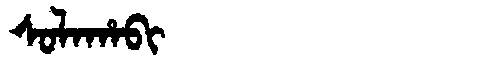
Manchu: ᠰᠣᠯᠠᡥᠠᠪᡳ
Romanization: SOLAHABI